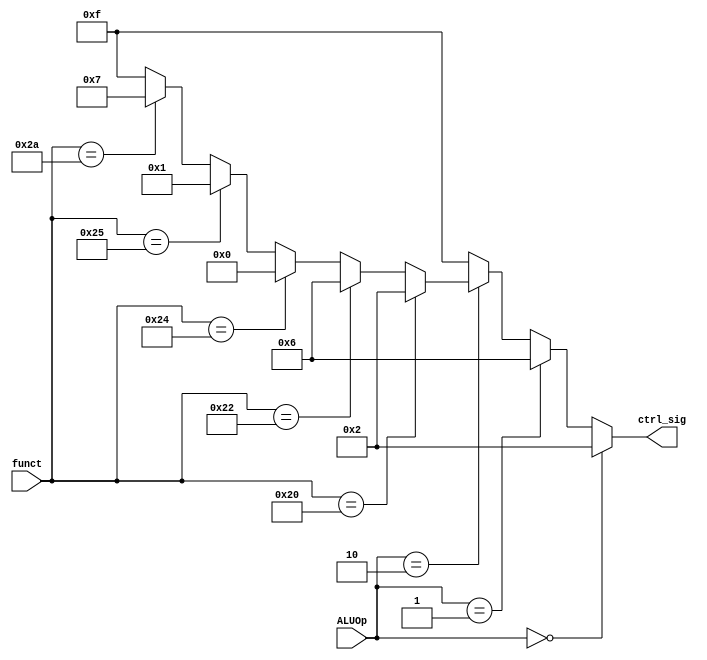
module ALUControl(
	input [5:0] funct,
	input [1:0] ALUOp,
	output [3:0] ctrl_sig
	);

	always @(*) begin
		if(ALUOp == 2'b00)
			ctrl_sig <= 4'b0010;
		else if(ALUOp == 2'b01)
			ctrl_sig <= 4'b0110;
		else if(ALUOp == 2'b10) begin
			if(funct == 6'b100000)
				ctrl_sig <= 4'b0010;
			else if(funct == 6'b100010)
				ctrl_sig <= 4'b0110;
			else if(funct == 6'b100100)
				ctrl_sig <= 4'b0000;
			else if(funct == 6'b100101)
				ctrl_sig <= 4'b0001;
			else if(funct == 6'b101010)
				ctrl_sig <= 4'b0111;
			else
				ctrl_sig <= 4'b1111;
		end else
			ctrl_sig <= 4'b1111;
	end

endmodule